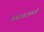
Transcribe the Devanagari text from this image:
गंगाधरपंतांचे